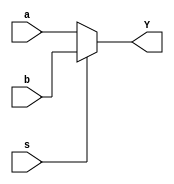
module mux2to1(a,b,s,Y);
input a,b,s;
output reg Y;
 always@(s,a,b)
 begin
	 if(s)
		 Y=b;
	 else 
		 Y=a;
 end
 endmodule